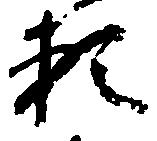
頼